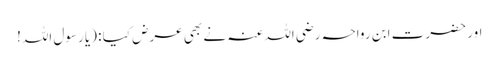
اور حضرت ابن رواحہ رضی اللہ عنہ نے بھی عرض کیا : (یا رسول اللہ!